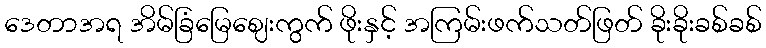
ဒေတာအရ အိမ်ခြံမြေဈေးကွက် ဖိုးနှင့် အကြမ်းဖက်သတ်ဖြတ် ခိုးခိုးခစ်ခစ်